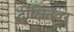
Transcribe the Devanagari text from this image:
दीक्षितवर